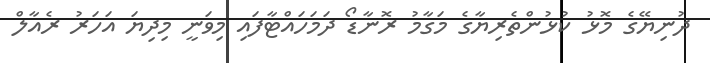
ދުނިޔޭގެ މޮޅު ކުޅުންތެރިޔާގެ މަގާމު ރޮނާޑޯ ދަމަހައްޓާފައި މިވަނީ މިދިޔަ އަހަރު ރެއާލް